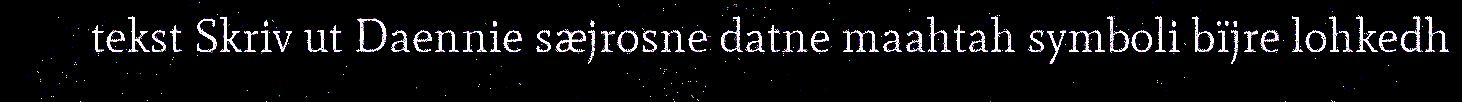
tekst Skriv ut Daennie sæjrosne datne maahtah symboli bïjre lohkedh